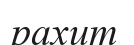
рахит